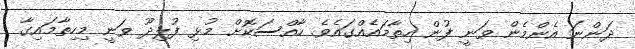
ދަންނަ އެންމެން ވަނީ ފުން ހިތާމައެއްގައެވެ. ހާއްސަކޮށް މުޅި ފުލިދޫ ވަނީ މިހިތާމައިގާ